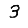
Digit: 3